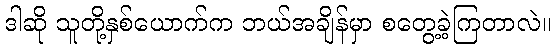
ဒါဆို သူတို့နှစ်ယောက်က ဘယ်အချိန်မှာ စတွေ့ခဲ့ကြတာလဲ။